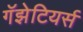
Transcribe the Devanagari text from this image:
गॅझेटियर्स